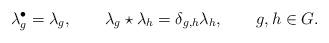
LaTeX: \begin{align*}\lambda_g^{\bullet}=\lambda_g,\quad\quad\lambda_g\star\lambda_h=\delta_{g,h}\lambda_h,\qquad{g},h\in{G}.\end{align*}